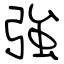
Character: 強